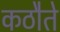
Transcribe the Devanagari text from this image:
कठौते